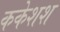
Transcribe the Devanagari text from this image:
ककेशश